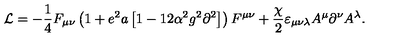
{ \cal L } = - \frac { 1 } { 4 } F _ { \mu \nu } \left( { 1 + e ^ { 2 } a \left[ { 1 - 1 2 \alpha ^ { 2 } g ^ { 2 } \partial ^ { 2 } } \right] } \right) F ^ { \mu \nu } + \frac { \chi } { 2 } \varepsilon _ { \mu \nu \lambda } A ^ { \mu } \partial ^ { \nu } A ^ { \lambda } .